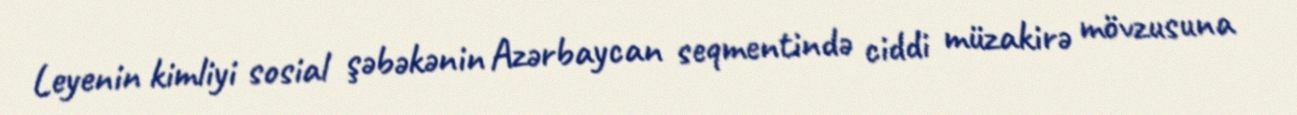
Leyenin kimliyi sosial şəbəkənin Azərbaycan seqmentində ciddi müzakirə mövzusuna